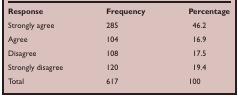
<table><thead><tr><td><b>Response</b></td><td><b>Frequency</b></td><td><b>Percentage</b></td></tr></thead><tbody><tr><td>Strongly agree</td><td>285</td><td>46.2</td></tr><tr><td>Agree</td><td>104</td><td>16.9</td></tr><tr><td>Disagree</td><td>108</td><td>17.5</td></tr><tr><td>Strongly disagree</td><td>120</td><td>19.4</td></tr><tr><td>Total</td><td>617</td><td>100</td></tr></tbody></table>